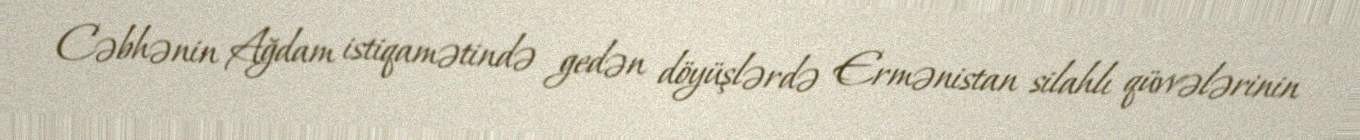
Cəbhənin Ağdam istiqamətində gedən döyüşlərdə Ermənistan silahlı qüvvələrinin